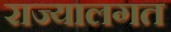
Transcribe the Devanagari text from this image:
राज्यालगत